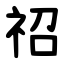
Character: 祒